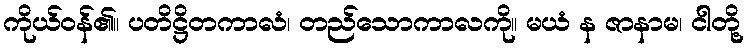
ကိုယ်ဝန်၏။ ပတိဋ္ဌိတကာလံ၊ တည်သောကာလကို။ မယံ န ဇာနာမ၊ ငါတို့